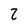
Character: 2